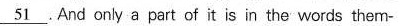
\underline{51}.And cnly a part cf it is in the wards them